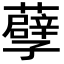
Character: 𮒶